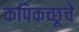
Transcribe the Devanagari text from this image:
कपिकच्छूचे